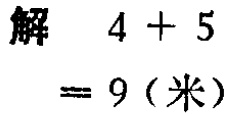
解 \(4 + 5 = 9\)（米）